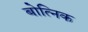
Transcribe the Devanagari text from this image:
बोत्निक